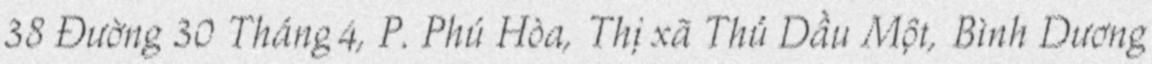
38 Đường 30 Tháng 4, P. Phú Hòa, Thị xã Thủ Dầu Một, Bình Dương